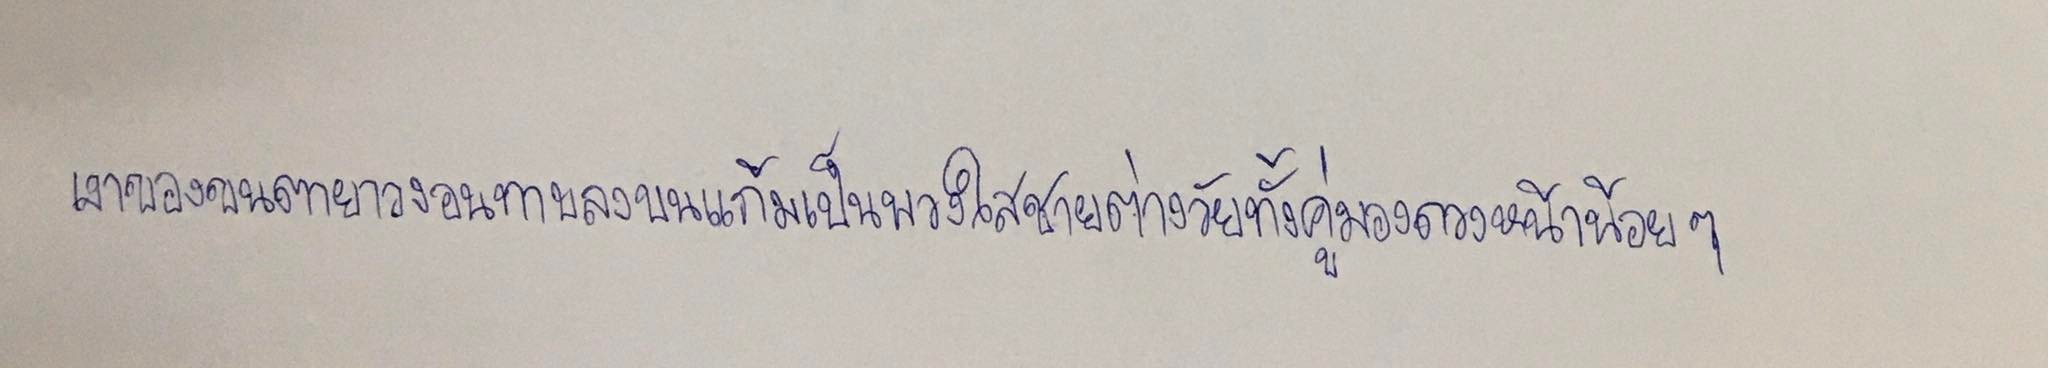
เงาของขนตายาวงอนทาบลงบนแก้มเป็นพวงใสชายต่างวัยทั้งคู่มองดวงหน้าน้อยๆ